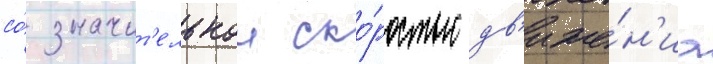
со́ значит'ельнои ско́ростью дв'иже́н'иа